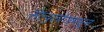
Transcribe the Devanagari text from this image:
सेल्युलोजमधून